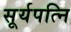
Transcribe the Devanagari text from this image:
सूर्यपत्नि